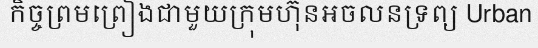
កិច្ចព្រមព្រៀងជាមួយក្រុមហ៊ុនអចលនទ្រព្យ Urban